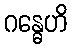
ဂန္ဓေဟိ